Civil Veterinary Department Bihar & Orissa reports 1929-36 - 1929-1936
Year: 1929
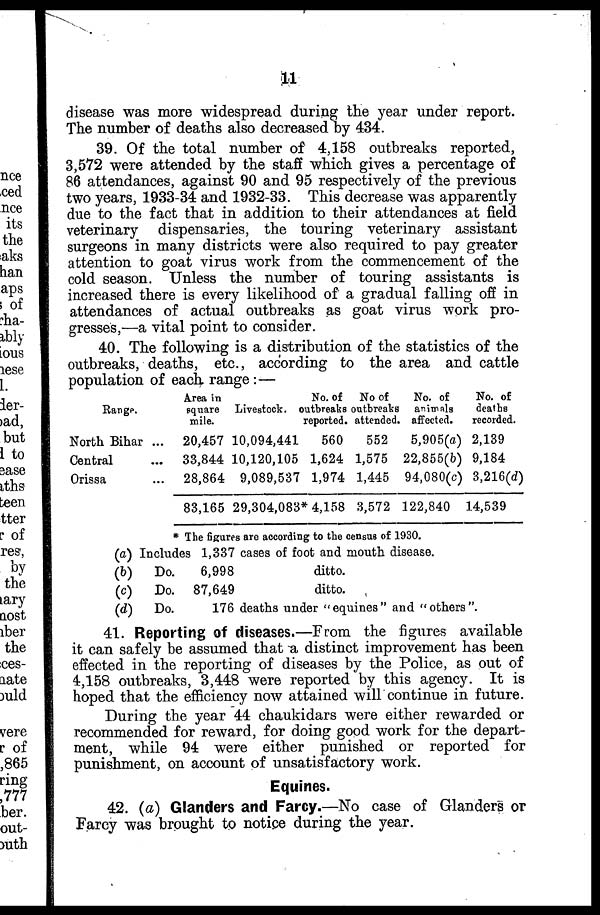
11
disease was more widespread during the year under report.
The number of deaths also decreased by 434.
39. Of the total number of 4,158 outbreaks reported,
3,572 were attended by the staff which gives a percentage of
86 attendances, against 90 and 95 respectively of the previous
two years, 1933-34 and 1932-33. This decrease was apparently
due to the fact that in addition to their attendances at field
veterinary dispensaries, the touring veterinary assistant
surgeons in many districts were also required to pay greater
attention to goat virus work from the commencement of the
cold season. Unless the number of touring assistants is
increased there is every likelihood of a gradual falling off in
attendances of actual outbreaks as goat virus work pro-
gresses,—a vital point to consider.
40. The following is a distribution of the statistics of the
outbreaks, deaths, etc., according to the area and cattle
population of each range:—
Range.
North Bihar ...
Central ...
Orissa ...
Area in
square
mile.
20,457
33,844
28,864
83,165
Livestock.
10,094,441
10,120,105
9,089,537
29,304,083
No. of
outtbreaks
reported.
560
1,624
1,974
* 4,158
No of
outbreaks
attended,
552
1,575
1,445
3,572
No. of
animals
affected.
5,905(a)
22,855(b)
94,080(c)
122,840
No. of
deaths
recorded.
2,139
9,184
3,216(d)
14.539
* The figures are according to the census of 1930.
(a) Includes 1,337 cases of foot and mouth disease.
(b)
(c)
Do.
Do.
6,998
87,649
ditto.
ditto.
(d)
Do.
176 deaths under "equines" and "others".
41. Reporting of diseases.—From the figures available
it can safely be assumed that a distinct improvement has been
effected in the reporting of diseases by the Police, as out of
4,158 outbreaks, 3,448 were reported by this agency. It is
hoped that the efficiency now attained will continue in future.
During the year 44 chaukidars were either rewarded or
recommended for reward, for doing good work for the depart-
ment, while 94 were either punished or reported for
punishment, on account of unsatisfactory work.
Equines.
42. (a) Glanders and Farcy.—No case of Glanders or
Farcy was brought to notice during the year.